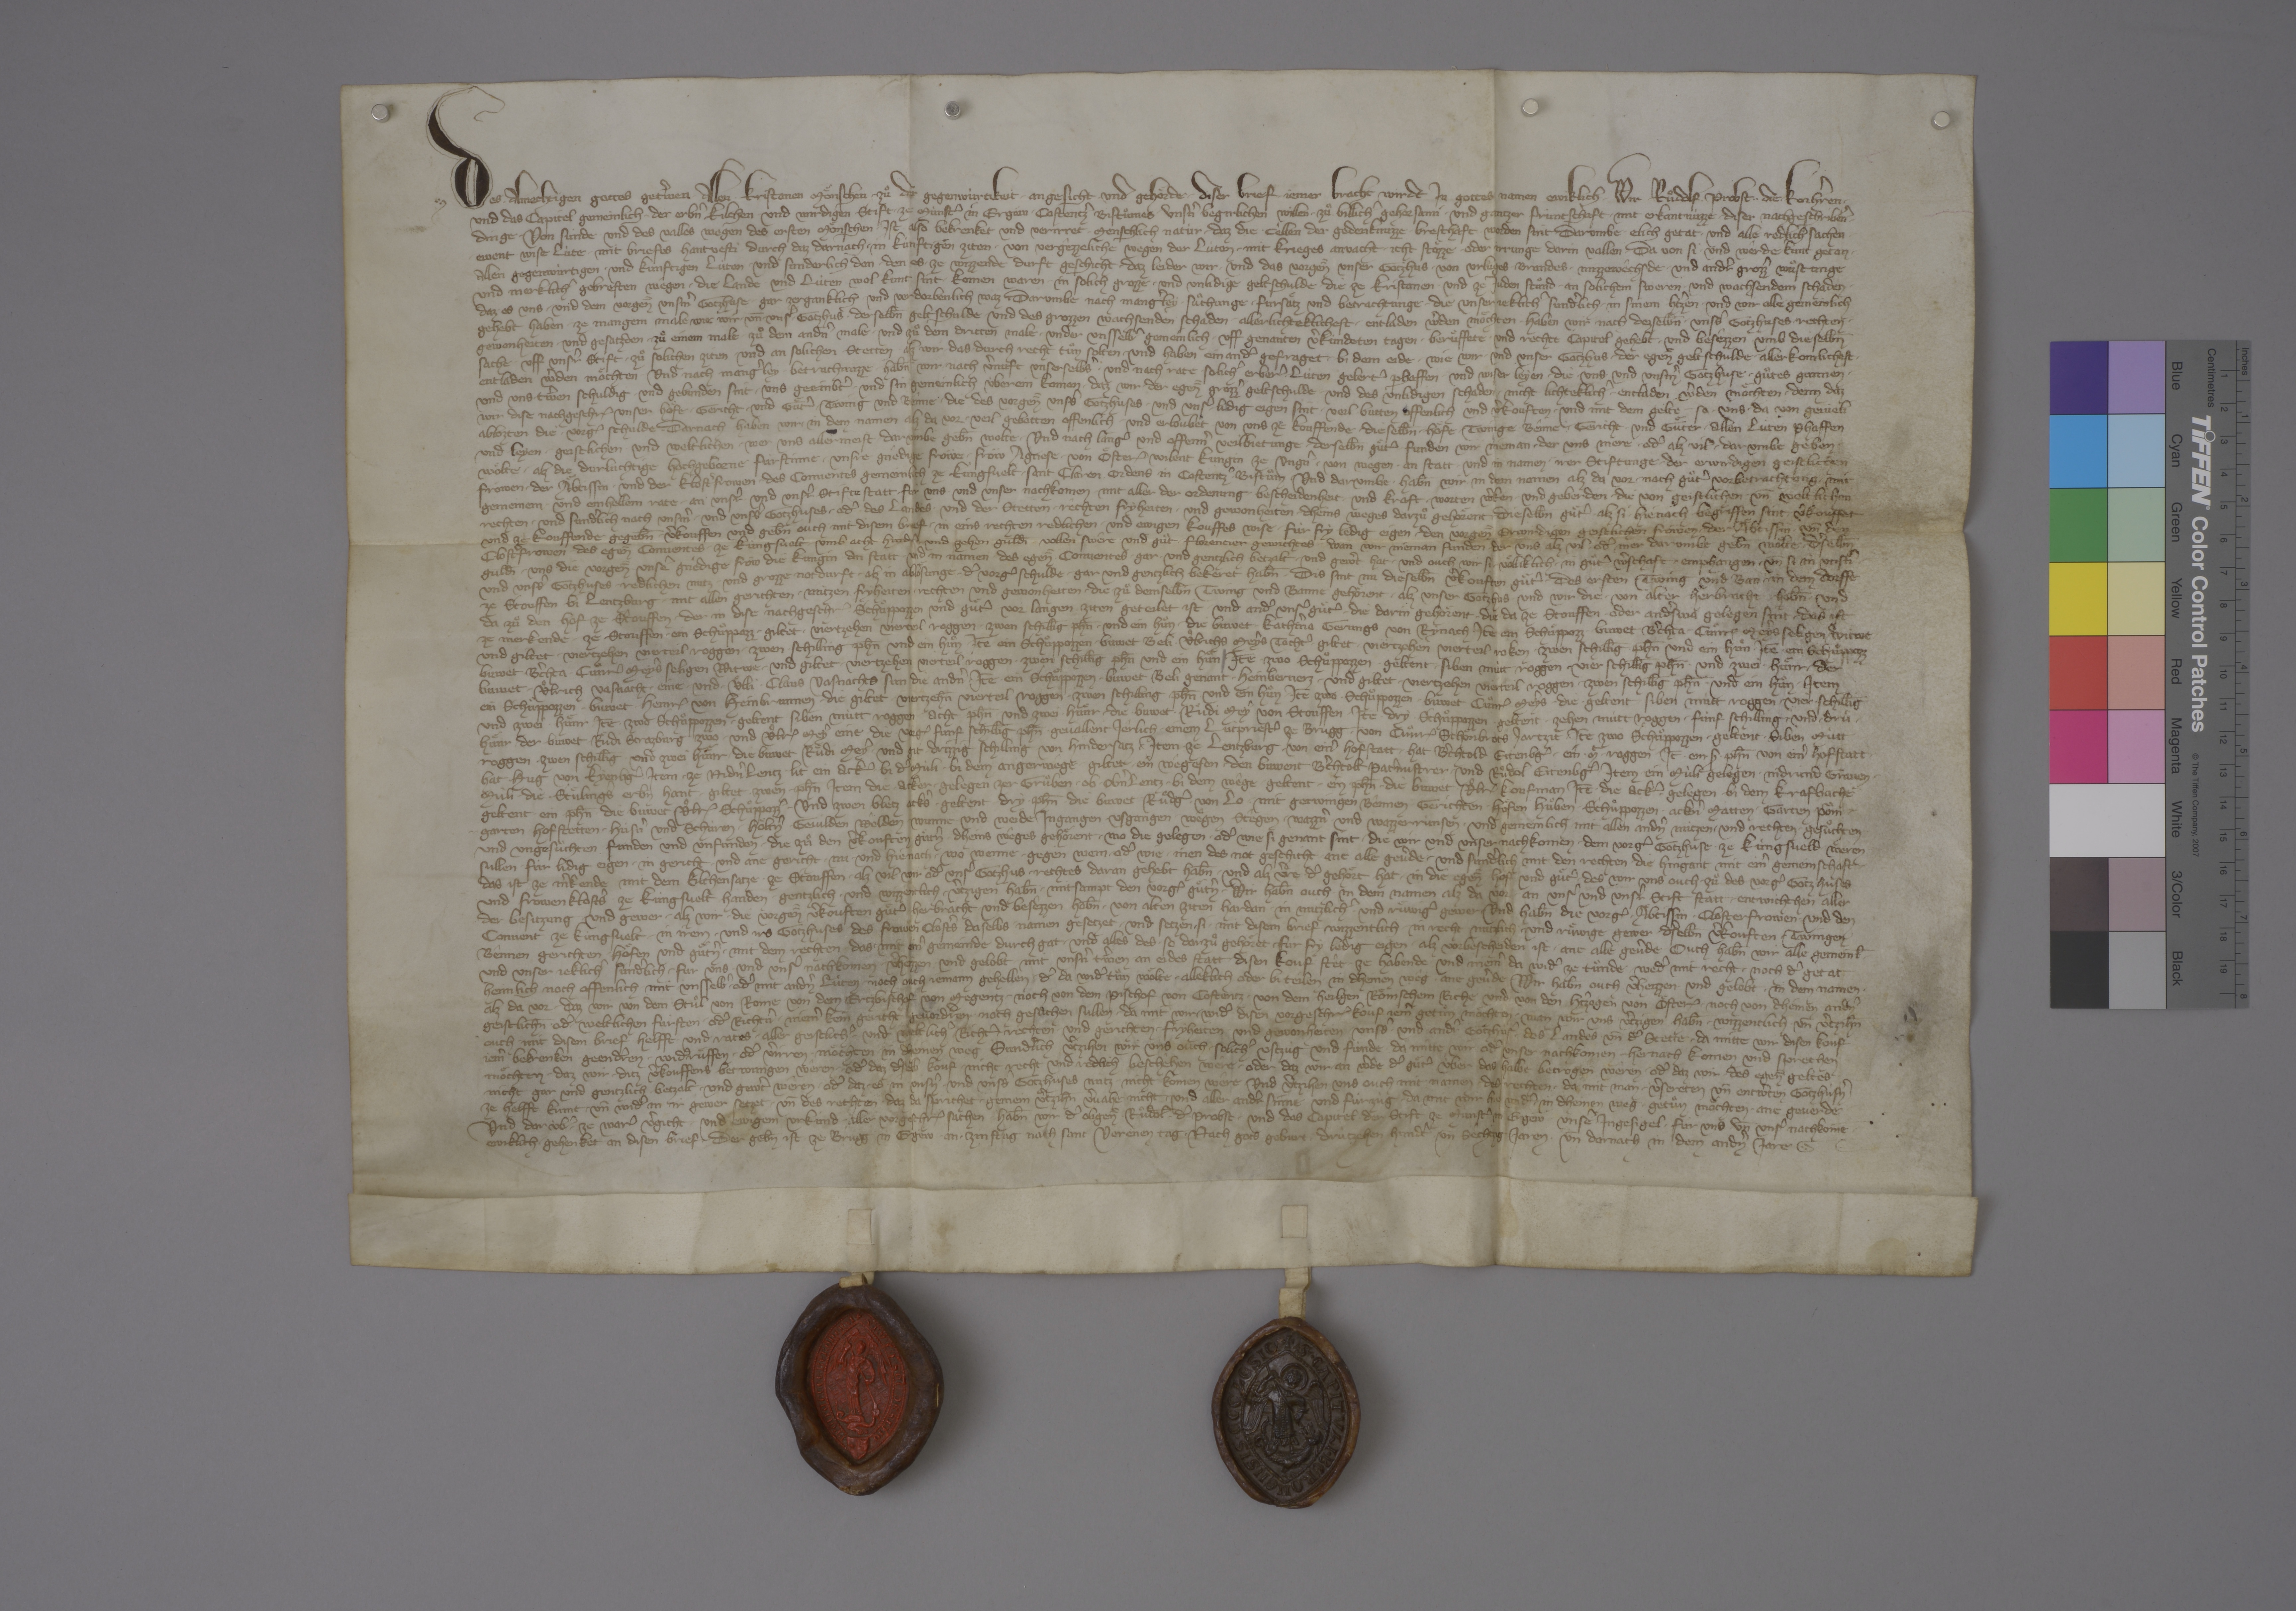
Transcription:
Des ✳ almechtigen gottes getˀwen ✳ allen ✳ kristanen moͤnschen, zuͦ der gegenwùrtikeit, ✳ angesicht ✳ und gehoͤrde ✳ diser bief ✳ jemer bracht wirdt, ✳ in gottes namen ewiklich ✳ wir, Ruͦdolf, ✳ probst, ✳ ✳ die korhˀren ✳
und das capitel gemeinlich ✳ der erbˀn kilchen ✳ und wirdigen stift ✳ ze Mùnstˀ in Ergoͤw, ✳ Costentzˀ bistuͦmes, ✳ unsˀn begirlichen willen ✳ zuͦ billichˀ gehorsami ✳ und gantzer frùntschaft ✳ mit erkantnùzze ✳ diser nachgeschribenˀ
dinge. ✳ von sùnde und des valles wegen des ersten moͤnschen ✳ ist also bekrenket und verirret ✳ menschlich natùr, ✳ daz die ✳ cèllen der gedenknùzze ✳ bresthaft ✳ worden sint. ✳ darumbe ✳ elich getat ✳ und alle redlich sachen
✳ ewent wise lùte ✳ mit briefes hantvesti, durch daz darnach ✳ in kùnftigen ziten ✳ von vergêzzeliche wegen der lùten ✳ mit krieges anvacht ✳ icht stoͤzze ✳ oder irrunge darin vallen. ✳ da von si ✳ und wêrde kunt getan ✳
allen gegenwùrtigen ✳ und kunftigen lùten ✳ und sunderlich den, ✳ den es ✳ ze wizzende durft geschicht, ✳ daz leider wir ✳ und das vorgen̄̄ unser gotzhus ✳ von urlùges, ✳ brandes, ✳ mizzewêchsde ✳ und andˀr grozzˀ wuͦstunge
und merklichˀ gebresten wêgen, ✳ die lande ✳ und lùten wol kunt sint, ✳ komen waren ✳ in solich grozze ✳ und unlidige geltschulde, ✳ die ze kristanen ✳ und ze juden stuͦnd, ✳ an solichem sweren ✳ und wachsendem schaden, ✳
daz ✳ es uns ✳ und dem vorgen̄̄ unsˀm gotzhuse ✳ gar zerganklich ✳ und verdorbenlich waz. ✳ darumbe nach mangˀley ✳ suͦchunge, ✳ fursaͤtz und betrachtunge, ✳ die unser jeklichˀ sundˀlich ✳ in sinem hˀtzen ✳ und wir alle gemeinlich
gehebt haben ✳ ze mangem male, wie wir ✳ un̄ ✳ unsˀ gotzhus ✳ derselbn̄ geltschulde ✳ und des grozzen wachsenden schaden ✳ allerlichteklichest ✳ entladen wˀden moͤchten, ✳ haben wir nach dezselbn̄ ✳ unsˀs gotzhuses ✳ rechten, ✳
gewonheiten ✳ und gesatzden ✳ zuͦ einem male, ✳ zuͦ dem andˀn male ✳ und zuͦ dem dritten male ✳ under unsselbˀ gemeinlich ✳ uff genanten vˀkùndeten tagen ✳ beruͤffete ✳ und rechte capitel gehebt ✳ und besêzzen ✳ umb dieselbn̄
sache ✳ uff unsˀr stift ✳ zuͦ solichen ziten ✳ und an solichen stetten, ✳ alz wir ✳ das ✳ durch recht tuͦn solten, ✳ und haben einandˀ gefraget ✳ bi dem eide, ✳ wie wir ✳ und unser gotzhus ✳ der egen̄̄ geltschulde ✳ aller komlichest ✳
entladen wˀden moͤchten. ✳ und nach mangˀley ✳ betrachnuzze ✳ habn̄ wir ✳ nach vˀnuft unserselbˀs ✳ und nach rate ✳ solichˀ erberˀ ✳ lùten, gelertˀ phaffen ✳ und wiser leyen, ✳ die ✳ uns ✳ und unsˀm gotzhuse ✳ guͦtes gunnen ✳
und uns ✳ tˀwen schuldig ✳ und gebunden sint, ✳ uns geeinbˀt ✳ und sin gemeinlich ùberein komen, ✳ daz wir ✳ der egen̄̄ grozzˀ geltschulde ✳ und des unlidigen schaden ✳ nicht lichteklichˀ ✳ entladen wˀden moͤchten, ✳ denn daz
wir dise nachgeschr₎ unser hoͤfe, ✳ gericht ✳ und guͤtˀ, ✳ twing und bênne, ✳ die des vorgen̄̄ unsˀs gotzhuses ✳ und unsˀ ✳ lidig eigen sint, ✳ veil butten offenlich und vˀkouften ✳ und mit dem gelte, ✳ so ✳ uns ✳ da von gevieli,
ablozten die ✳ vorg₎ schulde. ✳ darnach haben wir ✳ in dem namen alz da vor ✳ veil gebotten offenlich ✳ und erloubet von uns ze kouffende ✳ die selbn̄ ✳ hoͤfe, ✳ twinge, ✳ bênne, ✳ gericht ✳ und guͤter ✳ allen lùten, phaffen
und leyen, ✳ geistlichen ✳ und weltlichen, ✳ wer uns aller meist ✳ dar umbe gebn̄ wolte. ✳ und nach langˀ und offennˀ veilbietunge ✳ derselbn̄ guͤtˀ ✳ funden wir nieman, ✳ der uns mere ✳ odˀ alz vil ✳ dar umbe geben
woͤlte, ✳ alz die durluchtige, hochgeborne fùrstinne, ✳ unsre gnêdige fröwe, ✳ fröw Agnese ✳ von Oͤster₎, wilent kungin ze Ungˀn, ✳ von wêgen, ✳ an statt ✳ und in namen ✳ irer stiftunge, ✳ der erwirdigen, geistlichen
fröwen, ✳ der aͤbtissin ✳ und der klostˀfrowen ✳ des conventes gemeinlich ze Kùngsvelt, ✳ Sant Claren ordens, in Costentzˀ ✳ bistuͦm. ✳ und darumbe ✳ habn̄ wir ✳ in dem namen alz da vor ✳ nach guͦtˀ vorbetrachtung ✳ mit
gemeinem ✳ und einhellem rate ✳ an unsˀr ✳ und unsˀr stifte statt ✳ fùr uns ✳ und unser nachkomen ✳ mit aller der ordenung, ✳ bescheidenheit ✳ und kraft, ✳ worten, ✳ wˀken ✳ und geberden, ✳ die von geistlichen ✳ un̄ weltlichen
rechten ✳ und sundˀlich nach unsˀm ✳ und unsˀs gotzhuses ✳ odˀ des landes ✳ und der stetten ✳ rêchten, fryheiten ✳ und gewonheiten ✳ dheins weges darzuͦ gehoͤrent, ✳ dieselbn̄ guͤtˀ, ✳ alz si ✳ hienach ✳ begriffen sint, ✳ vˀkouffet
und ze kouffende gegebn̄, ✳ vˀkouffen und gebn̄ ouch mit disem brief ✳ in eins rechten, redlichen ✳ und ewigen kouffes wise ✳ fùr fry, ledig eigen ✳ den vorgen̄̄ erwirdigen, geistlichen fröwen, ✳ der aͤbtissin ✳ un̄ der
clostˀfrowen ✳ des egen̄̄ conventes ✳ ze Kùngsvelt, ✳ umb acht hundˀt ✳ und zehen guldī, ✳ vollen, swêre ✳ und guͦt ✳ Florentier gewichtes, ✳ wan wir nieman funden, ✳ der uns alz vil ✳ odˀ mer dar umbe gebn̄ woͤlte. ✳ dˀselbn̄
guldī ✳ uns die vorgen̄̄ unsˀe gnêdige fròw, die kungin, ✳ an statt ✳ und in namen ✳ des egen̄̄ ✳ conventes ✳ gar ✳ und gentzlich betzalt ✳ und gewˀt hat ✳ und ouch wir si ✳ voͤlliklich ✳ in guͦtˀ wˀschaft ✳ emphangen ✳ un̄ si in unsˀn
und unsˀs gotzhuses ✳ redlichen nutz ✳ und grozze notdurft, ✳ alz in abloͤsunge ✳ dˀ vorg₎ schulde, ✳ gar und gentzlich bekeret habn̄. ✳ dis sint nu dieselbn̄ vˀkouften guͤtˀ: ✳ des ersten twing und ban in dem dorffe
ze Stouffen bi Lentzburg ✳ mit allen gerichten, ✳ nùtzen, fryheiten, ✳ rechten und gewonheiten, ✳ die zuͦ demselbn̄ twing und banne gehoͤrent, ✳ alz unser gotzhus und wir die ✳ von alter herbracht ✳ habn̄, ✳ und
da zuͦ den ✳ hof ze Stouffen, ✳ der in dise nachgeschr₎ ✳ schuͦppozzen und guͤtˀ ✳ vor langen ziten geteilet ist, ✳ und andˀ unsˀ guͤtˀ, ✳ die darin gehoͤrent, ✳ die da ze Stouffen ✳ oder andˀswa gelegen sint. ✳ das ist
ze merkende: ✳ ze Stouffen ✳ ein schuͦppozz, ✳ giltet ✳ viertzehen vierteil roggen, ✳ zwen schillīg ph̄n ✳ und ein huͦn, ✳ die buwet Kathˀina Gerungs von Rynach. ✳ itē ein schuͤppozz, ✳ buwet Bˀchta, ✳ Cuͦnr₎ Meyˀs, seligen, witwe, ✳
und giltet ✳ viertzehen vierteil roggen, ✳ zwen ✳ schilling ph̄n ✳ und ein huͦn. itē ein schuͦppozzen, ✳ buwet Beli, ✳ Uͦlrichs Meyˀs tochtˀ, ✳ giltet ✳ viertzehen vierteil roken, ✳ zwen schillīg ✳ ph̄n und ein huͦn. ✳ itē ein schuͦppozz,
buwet Bˀchta, ✳ Cuͦnr₎ Meyˀs, seligen, witwe, ✳ und giltet ✳ viertzehen vierteil roggen, ✳ zwen schillīg ph̄n und ein huͦn. ✳ itē ✳ zwo schuppozzen, ✳ geltent ✳ siben mùtt roggen, ✳ vier schillīg phn̄ ✳ und zwei ✳ huͤnr, ✳ der
buwet ✳ Uͦlrich Vasnacht ✳ eine ✳ und ✳ Uͦlli, ✳ Claus Vasnachts sun, die andˀn. ✳ itē ✳ ein schuͦppozzen, ✳ buwet Beli, genant ✳ Heinbernerz, ✳ und giltet ✳ viertzehen vierteil roggen, ✳ zwen schillīg ph̄n ✳ und ein huͦn. ✳ item
ein schuͦppozzen, ✳ buwet ✳ Heinr₎ von Heinbrunnen, ✳ die giltet ✳ viertzehn̄ vierteil roggen, ✳ zwen schilling ph̄n ✳ und ein huͦn. ✳ itē zwo ✳ schuͦppozzen, ✳ buwet Cuͦnr₎ Meyˀs, ✳ die ✳ geltent siben mùtt roggen ,✳ vier ✳ schillīg
und zwei ✳ huͤnr. ✳ itē ✳ zwo schuͦppozzen, ✳ geltent siben mùtt roggen, ✳ acht ph̄n ✳ und zwei ✳ huͤnr, ✳ die ✳ buwet ✳ Ruͤdi Meyˀ von Stouffen. ✳ itē ✳ dry ✳ schuͦppozzen, ✳ geltent ✳ zehen mùtt roggen, ✳ fùnf schilling ✳ und ✳ drù ✳
huͤnr, ✳ der buwet ✳ Ruͤdi Strazburg zwo ✳ und Uͦlr₎ Meyˀ eine. ✳ die vorg₎ funf schillīg ph̄n ✳ gevallent jêrlich ✳ einem lùtpriestˀ ze Brugg ✳ von Cuͦnr₎ Schoͤnbrots jartzit. ✳ itē zwo schuͦppozzen, ✳ geltent ✳ siben mùtt
roggen, ✳ zwen schillīg ✳ und zwei huͤnr, ✳ die buwet Ruͤdi Meyˀ ✳ und git ✳ drizzig schilling von hindersatz. ✳ item ✳ ze Lentzburg ✳ von einˀ hofstatt, ✳ hat Bˀchtold Eitenbgˀ, ✳ ein ✳ mt ✳ roggen. ✳ it̄ ein ✳  ✳ ph̄n von einˀ hofstatt, ✳
hat ✳ Hug von Kyenbgˀ. ✳ item ✳ ze Nidˀnlentz ✳ lit ein ackˀ ✳ bi dˀ mùli ✳ bi dem Angerwêge, ✳ giltet ✳ ein wêgesen, ✳ den buwent Bˀchtolt Patˀnustrer ✳ und Ruͦdol̄ Eitenbgˀ. ✳ item ✳ ein mùli, gelegen ✳ nidrund Graven¬
mùli, ✳ die ✳ Stuͤlingˀs erbn̄ hant, ✳ giltet ✳ zwen ✳ ph̄n. item die ✳ acker ✳ gelegen zer Gruͦben ✳ ob ✳ Obˀnlentz ✳ bi dem wêge, ✳ geltent ✳ ein ph̄n, ✳ die buwet ✳ Uͦlr₎ Koufman. itē ✳ die ackˀ ✳ gelegen bi dem Krafbache,
geltent ✳ ein ph̄n, ✳ die buwet Uͦlr₎ Schuͦppozzˀ. ✳ und zwen bletz ackˀs, ✳ geltent ✳ dry ✳ ph̄n, ✳ die ✳ buwet Ruͤdgˀ ✳ von Lo. ✳ mit getwingen, bênnen, ✳ gerichten, ✳ hoͤfen, huͦben, ✳ schuͦppozzen, ✳ ackˀn, matten, ✳ garten, poͧm¬
garten, ✳ hofstetten, ✳ hùsˀn und schùren, ✳ hoͤltˀn, ✳ gevilden, wêlden, ✳ wunne ✳ und weide, ingangen, ✳ usgangen, ✳ wêgen, stêgen, ✳ wazzˀn ✳ und wazzerrùnsen ✳ und gemeinlich mit allen andˀn nùtzen ✳ und rechten, ✳ gesuͦchten
und ungesuͦchten, funden und unfunden, ✳ die zuͦ den vˀkouften guͤtˀn ✳ dheins wêges gehoͤrent, ✳ wo die gelegen ✳ odˀ wie si genant sint, ✳ die wir und unser nachkomen ✳ dem vorg₎ gotzhuse ✳ ze Kùngsveld ✳ weren
sullen ✳ fùr lidig eigen ✳ in gericht ✳ und ane gericht ✳ nu ✳ und hienach, ✳ wo, wenne ✳ gegen wem ✳ odˀ wie ✳ inen des not geschicht, ✳ ane alle gevˀde, ✳ und sundˀlich mit den rechten, ✳ die hingant mit einˀ gemeinschaft, ✳
das ist ze mˀkende mit dem kilchensatze ✳ ze Stouffen, ✳ alz vil wir odˀ unsˀ gotzhus ✳ rechtes daran gehebt habn̄ ✳ und alz vˀre ✳ dˀ gehoͤrt hat ✳ in die egen̄̄ hof und guͤtˀ, ✳ des wir uns ouch ✳ zuͦ des vorg₎ gotzhuses
und frowen klostˀs ze Kùngsvelt handen ✳ gentzlich ✳ und wizzenlich ✳ vˀtzigen habn̄ ✳ mitsampt den vorg₎ guͤtˀn. ✳ wir habn̄ ouch ✳ in dem namen alz da vor ✳ an unsˀ und unsˀr stift statt ✳ entwichchen aller
der besitzung und gewer, ✳ alz wir ✳ die vorgen̄̄ vˀkouften guͤtˀ ✳ herbracht und besêzzen ✳ habn̄ ✳ von alten ziten hardan ✳ in nutzlichˀ ✳ und ruͤwigˀ gewer, ✳ und habn̄ die vorg₎ ✳ aͤbtissin, ✳ closterfrowen ✳ und den
convent ze Kùngsvelt ✳ in irem ✳ und irs gotzhuses ✳ des frowen clostˀs daselbs ✳ namen gesetzet ✳ und setzen ✳ si ✳ mit disem brief wizzentlich ✳ in recht, nutzlich ✳ und ruͤwige gewer ✳ dˀselbn̄ vˀkouften ✳ twingen,
bênnen, gerichten, ✳ hoͤfen und guͤtˀn ✳ mit dem rechten, ✳ das ✳ mit einˀ gemeinde durch gat ✳ und alles des, ✳ so darzuͦ gehoͤret, ✳ fùr fry, ledig eigen ✳ alz vorbescheiden ist ✳ ane alle gevˀde. ✳ ouch habn̄ wir alle gemeinl̄
und unser jeklichˀ sundˀlich ✳ fur uns ✳ und unsˀ nachkomen ✳ vˀheizzen ✳ und gelobt ✳ mit unsˀn tˀwen ✳ an eides statt, ✳ disen kouf stêt ✳ ze habende ✳ und niemˀ da widˀ ze tuͦnde, ✳ wedˀ mit recht ✳ noch dˀ getat,
heimlich noch offenlich, ✳ mit unsselbˀ ✳ odˀ mit andˀn lùten, ✳ noch ouch jemann gehellen, ✳ dˀ da widˀ tuͦn woͤlte, ✳ alleklich oder bi teilen ✳ in dheinen wêg ✳ ane gevˀde. ✳ wir habn̄ ouch vˀheizzen ✳ und gelobt ✳ in dem namen ✳
alz da vor, ✳ daz wir von dem stuͦl von Rome, ✳ von dem ertzbischof von Megentz ✳ noch von dem pischof von Costentz, ✳ von dem Heilgen Roͤmschem Riche und von den hˀtzogen von Oͤster₎ ✳ noch von dheinen andˀn
geistlichn̄ ✳ odˀ ✳ weltlichen fùrsten ✳ odˀ richtˀn ✳ niemˀ kein gericht gevordˀren ✳ noch gesuͦchen sullen, ✳ da mit wir ✳ widˀ disen vorgeschr₎ kouf jemˀ getuͦn moͤchten, ✳ wan wir uns ✳ vˀtzigen habn̄ ✳ wizzentlich ✳ un̄ vˀtzihn̄
ouch ✳ mit disem brief ✳ helfft ✳ und rates ✳ aller geistlichˀ ✳ und weltlichˀ richtˀ, ✳ rechten ✳ und gerichten, ✳ fryheiten ✳ und gewonheiten ✳ unsˀs ✳ und andrˀ gotzhùsˀ ,✳ des landes ✳ un̄ dˀ stette, ✳ da mitte wir disen kouf
jemˀ bekrenken, ✳ geendˀren, ✳ widˀruͤffen ✳ odˀ vˀirren ✳ moͤchten ✳ in dheinen weg. sundˀlich vˀtzihen wir uns ouch ✳ solichˀ ustzùg und fùnde, ✳ da mitte wir odˀ unser nachkomen ✳ hernach komen und sprechen
moͤchten, ✳ daz wir ✳ ditz vˀkouffens betwungen wêren ✳ odˀ daz dˀselb kouf ✳ nicht recht und redlich ✳ beschêhen wêre ✳ oder daz wir ✳ an wˀde dˀ guͤtˀ ùber das halbe betrogen wêren ✳ odˀ daz wir ✳ des egen̄̄ geltes ✳
nicht gar und gentzlich betzalt ✳ und gewˀt wêren ✳ odˀ daz ✳ es ✳ in unsˀn ✳ und unsˀs gotzhuses nutz ✳ nicht komen wêre, ✳ und vˀtzihen uns ouch mit namen ✳ des rechten, ✳ da mit man ✳ vˀsereten un̄ entwˀten gotzhùsˀn
ze helffe kunt ✳ un̄ widˀ in ir gewer setzet, ✳ un̄ des rechten, ✳ daz da sprichet, ✳ gemein vˀtzihn̄ vˀvahe nicht, ✳ und aller andˀr sinne und fùrzùg, ✳ da mit wir hie widˀ ✳ in dheinen weg ✳ getuͦn moͤchten ✳ ane geverde. ✳
und dar ùbˀ ✳ ze warˀ vˀgicht ✳ und ewigem urkùnd ✳ aller vorgeschr₎ ✳ sachen habn̄ wir, dˀ obgen̄̄ ✳ Ruͦdol̄, ✳ dˀ ✳ probst, ✳ und das capitel ✳ der stift ze Mùnstˀ in Ergew, ✳ unsˀe ✳ ingesigel ✳ fùr uns ✳ un̄ unsˀ nachkomē ✳
ewiklich ✳ gehenket an disen brief, ✳ der gebn̄ ist ze Brugg in Ergëw, ✳ an ✳ zinstag nach sant Verenen tag, ✳ nach gots geburt ✳ drùtzehen hundˀt ✳ un̄ sechtzig jaren ✳ un̄ darnach in dem andˀn jare. ✳